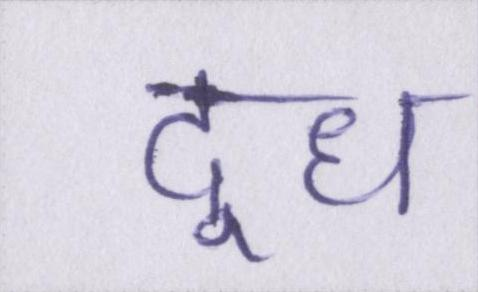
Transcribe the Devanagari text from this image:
दूध